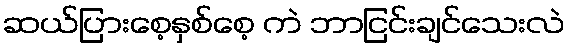
ဆယ်ပြားစေ့နှစ်စေ့ ကဲ ဘာငြင်းချင်သေးလဲ